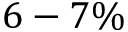
6 - 7 \%